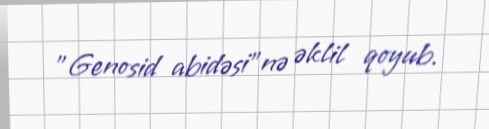
"Genosid abidəsi"nə əklil qoyub.